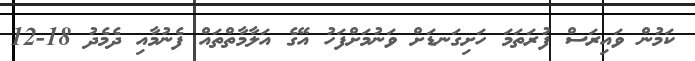
ކަމުން ވައިރަސް ފުރަތަމަ ހަށިގަނޑަށް ވަނުމަށްފަހު އޭގެ އަލާމާތްތައް ފެނުމާއި ދެމެދު 18-12